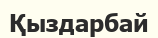
Қыздарбай